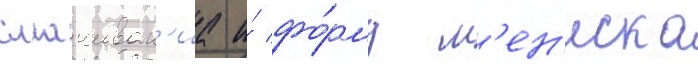
смачиван'иа и́ фо́рму м'ен'иска